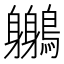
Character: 𪇣